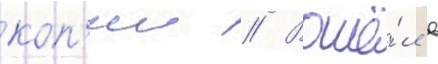
коп'ии // Вошё́л в